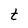
Character: t